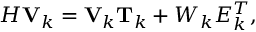
H \mathbf { V } _ { k } = \mathbf { V } _ { k } \mathbf { T } _ { k } + W _ { k } E _ { k } ^ { T } ,